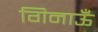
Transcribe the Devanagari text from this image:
गिनाऊँ